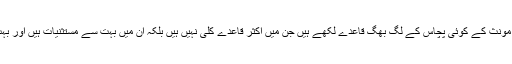
اس لیے کہ بابائے اردو نے اردو میں مذکر مؤنث کے کوئی پچاس کے لگ بھگ قاعدے لکھے ہیں جن میں اکثر قاعدے کلی نہیں ہیں بلکہ ان میں بہت سے مستثنیات ہیں اور بہت سی جگہوں پر یہ قاعدے لاگو نہیں ہوتے۔